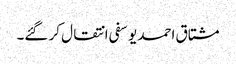
مشتاق احمد یوسفی انتقال کر گئے۔